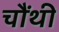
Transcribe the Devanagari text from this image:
चौंथी